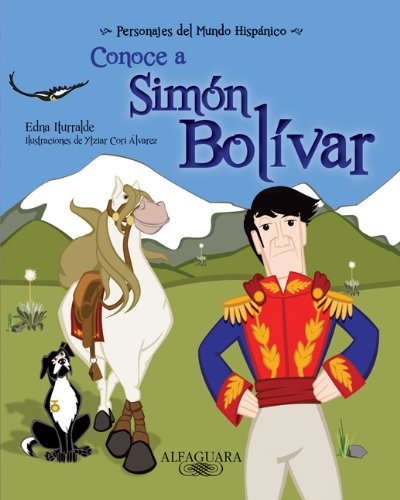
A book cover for Conoce a Simon Bolivar / Get to know Simon Bolivar (Personajes Del Mundo Hispanico / Important Figures of the Hispanic World) (Spanish Edition) ... / Important Figures of the Hispanic World); Edna Iturralde; Teen & Young Adult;